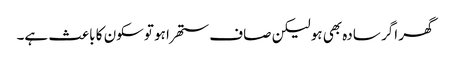
گھر اگر سادہ بھی ہو لیکن صاف ستھرا ہو توسکون کا باعث ہے۔